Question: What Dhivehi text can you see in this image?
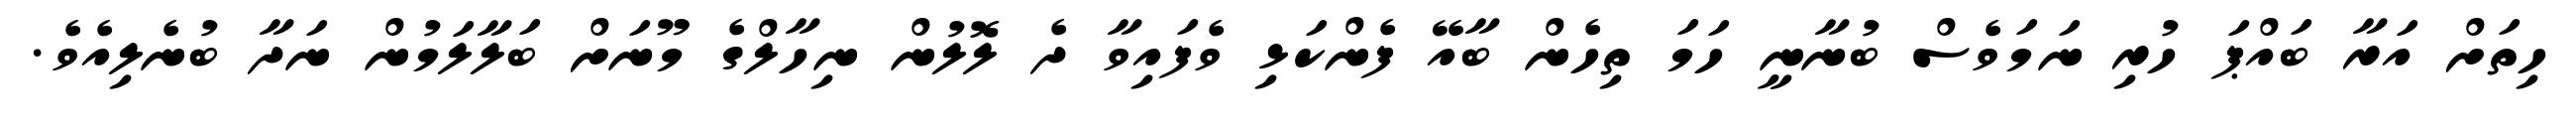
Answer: ހިތަށް އަރާ ބައްޕަ ހުރި ނަމަވެސް ބުނާނީ ހަމަ ތިހެން ބާއޭ ފެންކަޅި ވެފައިވާ ދެ ލޮލުން ނިހާލްގެ މޫނަށް ބަލާލަމުން ނަދާ ބުނެލިއެވެ.